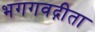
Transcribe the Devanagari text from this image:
भगगवद्गीता